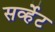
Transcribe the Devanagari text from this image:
सर्व्हेट